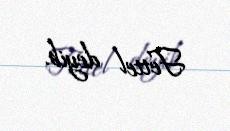
Fettel deyib.